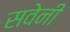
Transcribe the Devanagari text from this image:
सवेनी